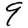
Digit: 9